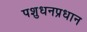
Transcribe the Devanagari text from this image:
पशुधनप्रधान